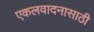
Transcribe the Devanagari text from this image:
एकलवादनासाठी